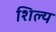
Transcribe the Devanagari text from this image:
शिल्य